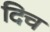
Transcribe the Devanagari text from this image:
दिच